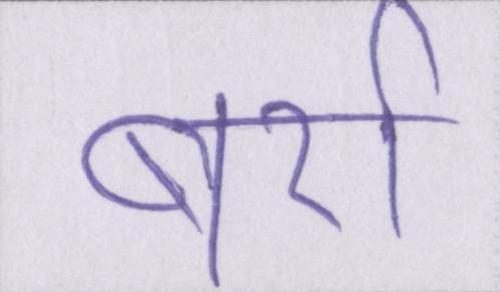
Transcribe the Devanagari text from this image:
बर्रा